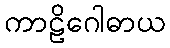
ကာဠိဂေါဓာယ